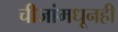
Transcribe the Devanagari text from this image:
चीजांमधूनही